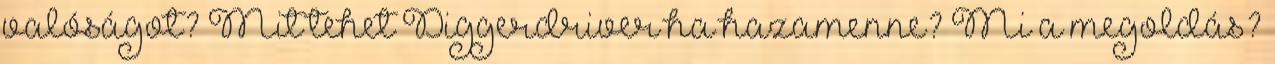
valóságot? Mit tehet Diggerdriver ha hazamenne? Mi a megoldás?